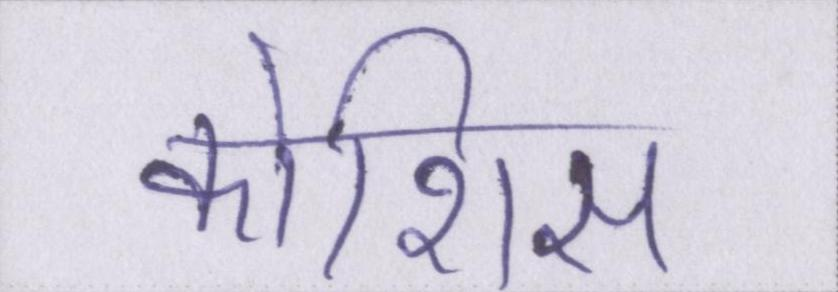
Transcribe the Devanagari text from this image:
कोशिस